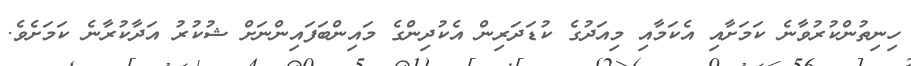
ހިނިތުންކުރުވާނެ ކަމަށާއި އެކަމާއި މިއަދުގެ ކުޑަދަރިން އެކުދިންގެ މައިންބަފައިންނަށް ޝުކުރު އަދާކުރާނެ ކަމަށެވެ.